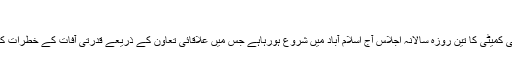
17 اکتوبر 2016 (08:37)
قدرتی آفات سے نمٹنے کے بارے میں علاقائی مشاورتی کمیٹی کا تین روزہ سالانہ اجلاس آج اسلام آباد میں شروع ہورہاہے جس میں علاقائی تعاون کے ذریعے قدرتی آفات کے خطرات کم کرنے کے مختلف پہلوئوں پر مشاورت کی جائے گی۔